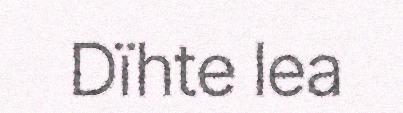
Dïhte lea